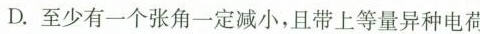
D.至少有一个张角一定减小，且带上等量异种电荷